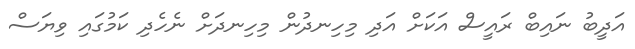
އަދީބު ނައިބް ރައީސް އަކަށް އަދި މިހިނދުން މިހިނދަށް ނެހެދި ކަމުގައި ވިޔަސް